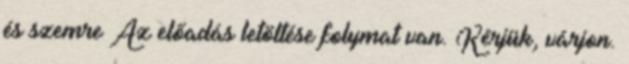
és szemre Az előadás letöltése folymat van. Kérjük, várjon.